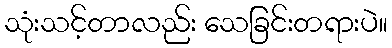
သုံးသင့်တာလည်း သေခြင်းတရားပဲ။